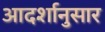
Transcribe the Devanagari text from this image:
आदर्शानुसार